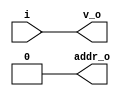
module bsg_encode_one_hot_width_p1
(
  i,
  addr_o,
  v_o
);

  input [0:0] i;
  output [0:0] addr_o;
  output v_o;
  wire [0:0] addr_o;
  wire v_o;
  assign v_o = i[0];
  assign addr_o[0] = 1'b0;

endmodule